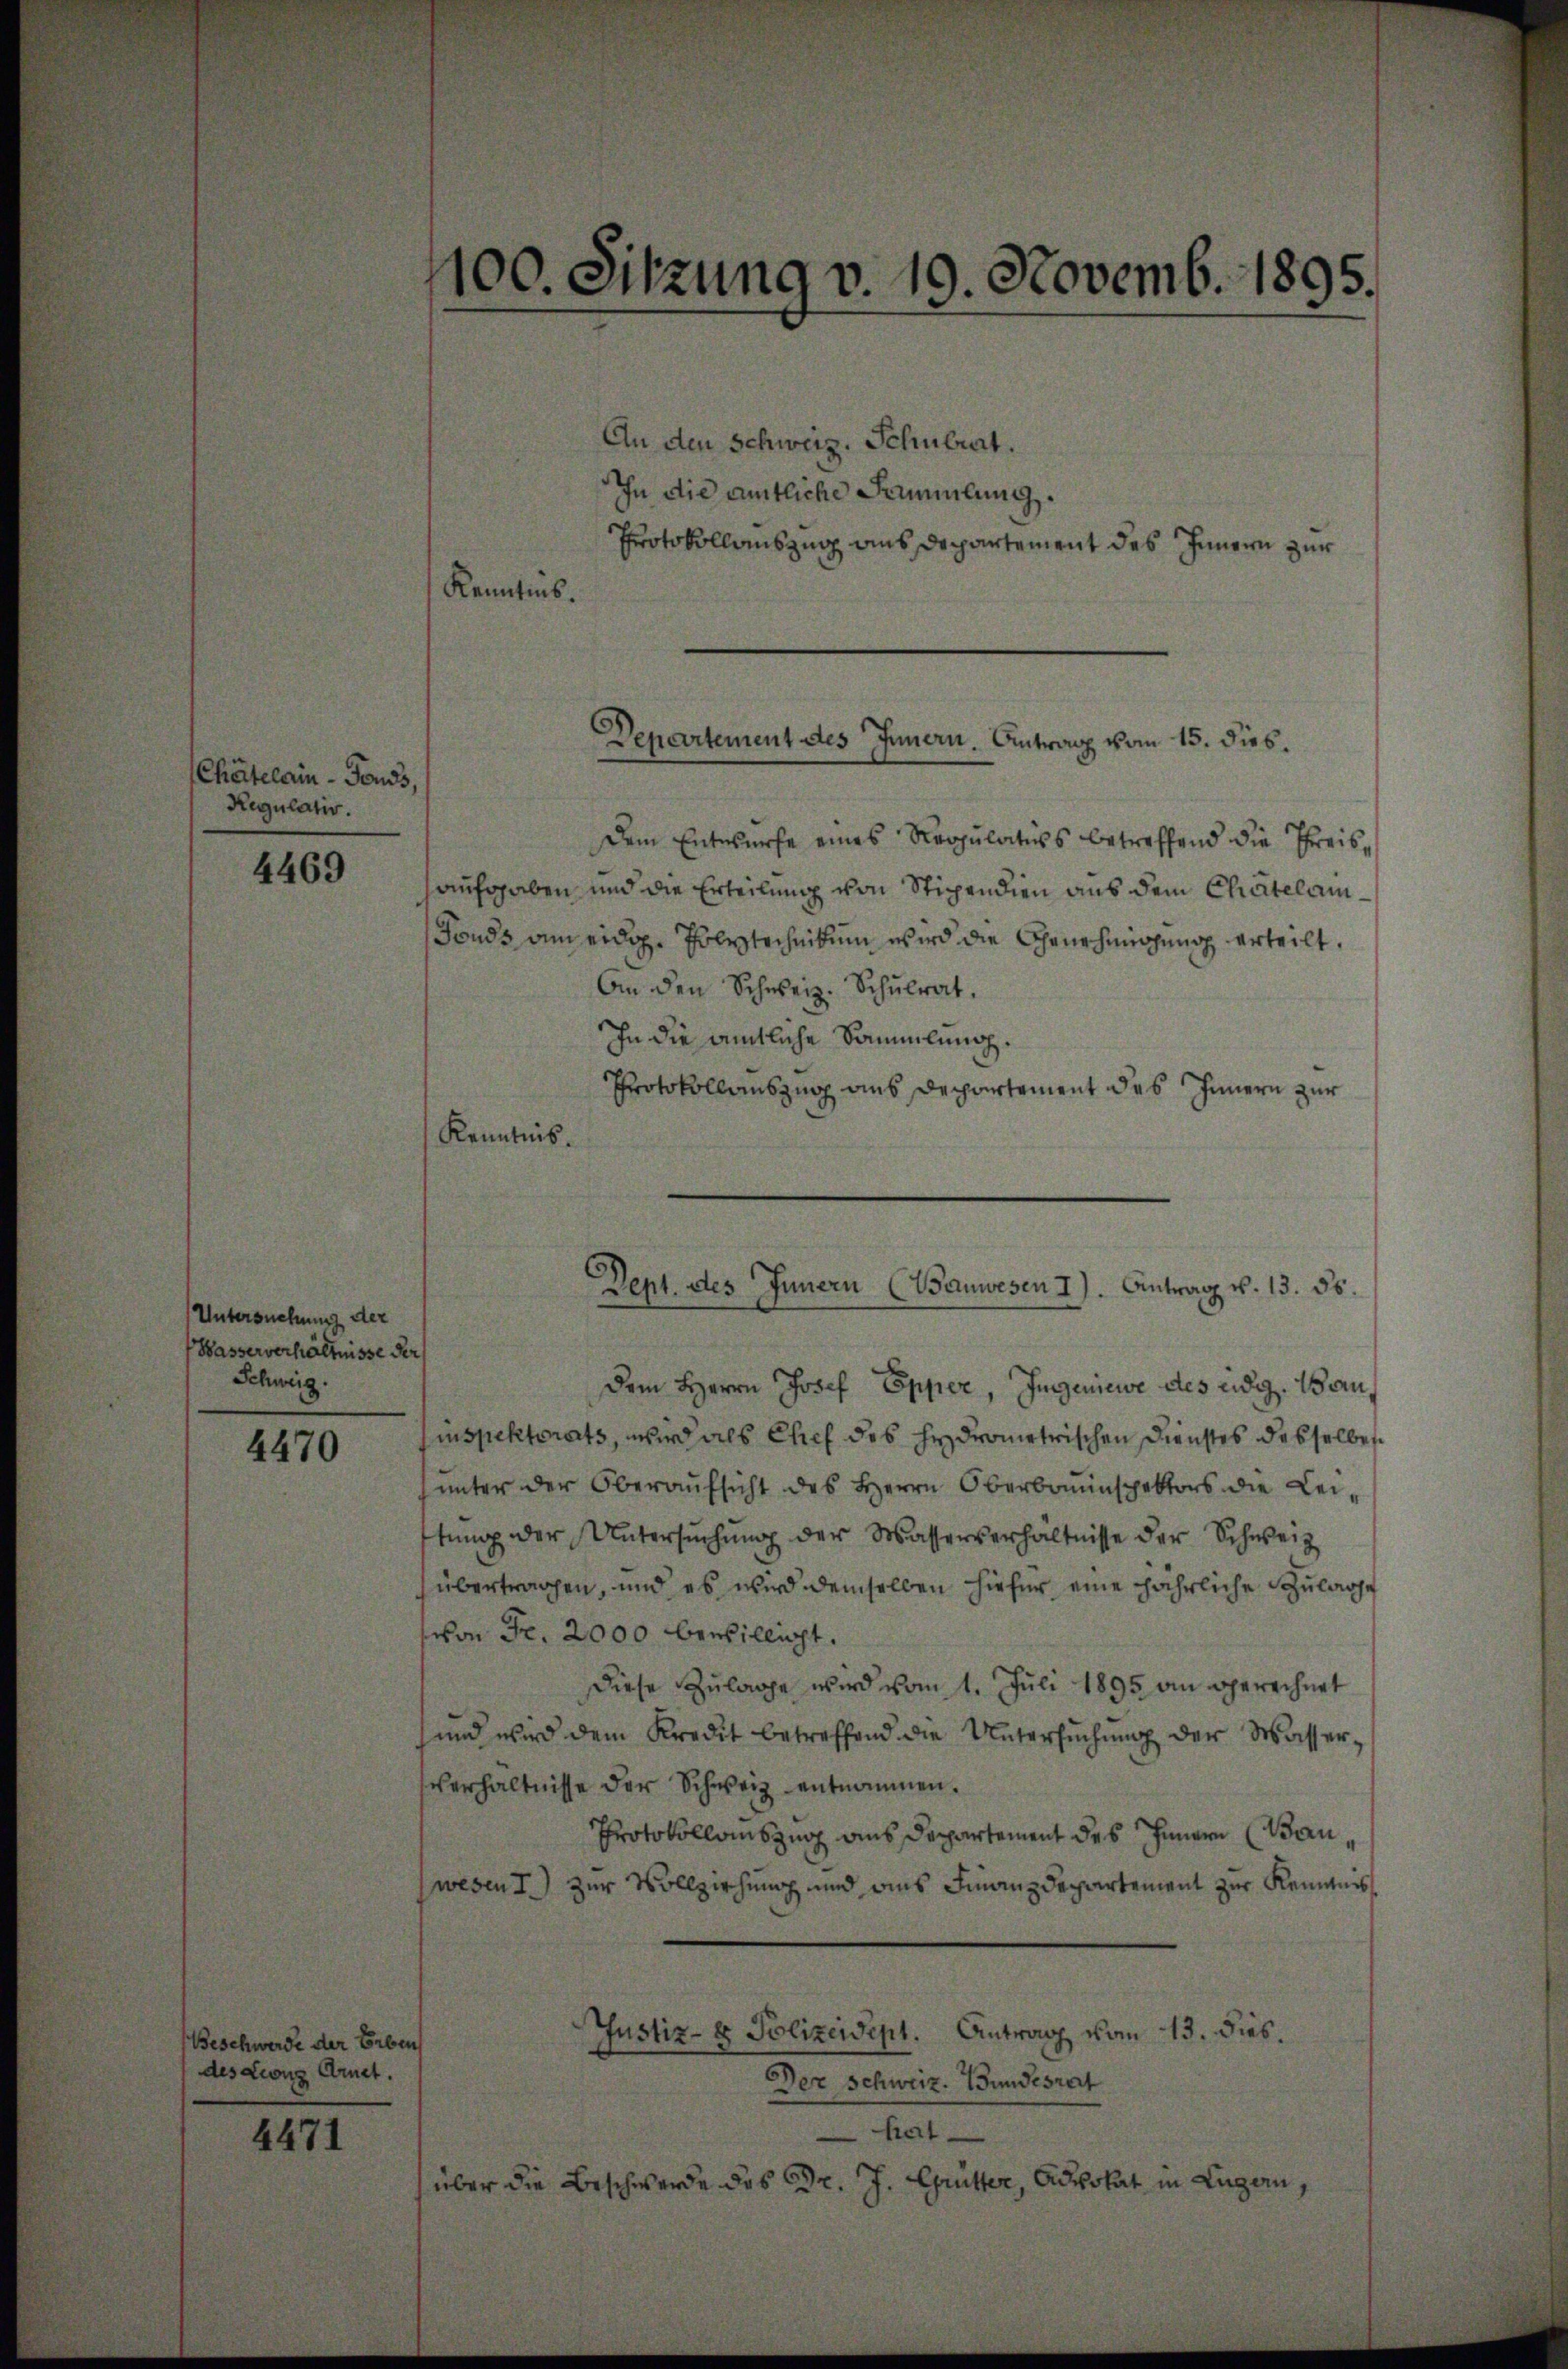
Chätelain - Fonds,
Regulativ.

4469

Untersuchung der
Wasserverhältnisse der
Schweig.

4470

Beschwerde der Erben
des Leonz Arnet.

4471

An den Schweiz. Schulrat.
In die amtliche Sammlung.
Protokollauszug aus Departement des Innern zur
Kenntnis.

100. Sitzung v. 19. Novemb. 1895.

Departement des Innern. Antrag vom 15. dies.

Dept. des Innern (Wanwesen I. Antrag v. 13. 55.

Dem Entwurfe eines Regulativs betreffend die Preisaufgaben, und die Erteilung von Stipendien aus dem Chatelam¬
Fonds am eidg. Polytechnikum wird die Genehmigung erteilt.
An den Schweiz. Schŭlrat.
In die amtliche Sammlung.
Protokollauszug aus Departement des Innern zur
Kenntnis.
Dem Herrn Josef Epper, Ingeniewe des eidg. Bauinspektorats, wird als Chef des hydrometrischen Dienstes desselben
unter der Oberaufsicht des Herrn Oberbauinspektors die Leitŭng der Untersŭchŭng der Wasserverhältnisse der Schweiz
übertragen, und es wird demselben hiefür eine jährliche Zulage
von Fr. 2000 bewilligt.
diese Zulage wird vom 1. Juli 1895 an berechnet
und wird dem Kredit betreffend die Untersuchung der Wasser¬
Verhältnisse der Schweiz entnommen.
Protokolloszug aus Departement des Innern (Bau,
wesen T. zur Vollziehung und aus Finanzdepartement zur Remanns¬
Justiz- & Polizeidigt. Antrag vom 13. dies
Der Schweiz. Bundesrat
hat
über die Beschwerde des Dr. J. Grütter, Advokat in Luzern,